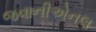
જવાનીએનલ